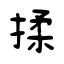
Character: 揉